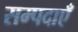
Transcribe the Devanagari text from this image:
सम्पदाएँ